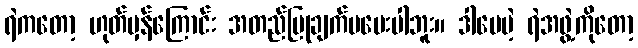
ရဲကတော့ ဟုတ်မှန်ကြောင်း အတည်ပြုချက်မပေးပါဘူး။ ဒါပေမဲ့ ရဲအဖွဲ့ကိုတော့